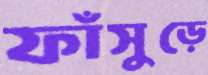
ফাঁসুড়ে